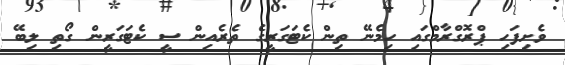
ވެށިފަހި ޕްރޮގްރާމްގައި ހިމެނޭ ތިން ކެޓަގަރީގެ ތެރެއިން ސީ ކެޓަގަރީން ގޯތި ލިބޭ